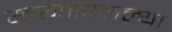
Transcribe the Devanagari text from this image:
स्वरूपातलल्या